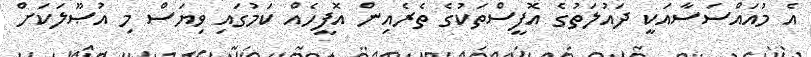
އެ މުއައްސަސާއަކީ ދައުލަތުގެ އޮފީސްތަކުގެ ތެރެއިން އޮފީހެއް ކަމުގައި ވިޔަސް މި އުޞޫލަކަށް